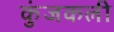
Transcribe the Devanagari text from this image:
कुंजकली